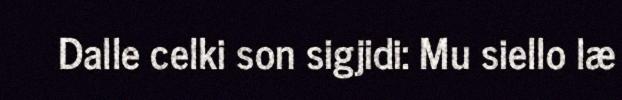
Dalle celki son sigjidi: Mu siello læ